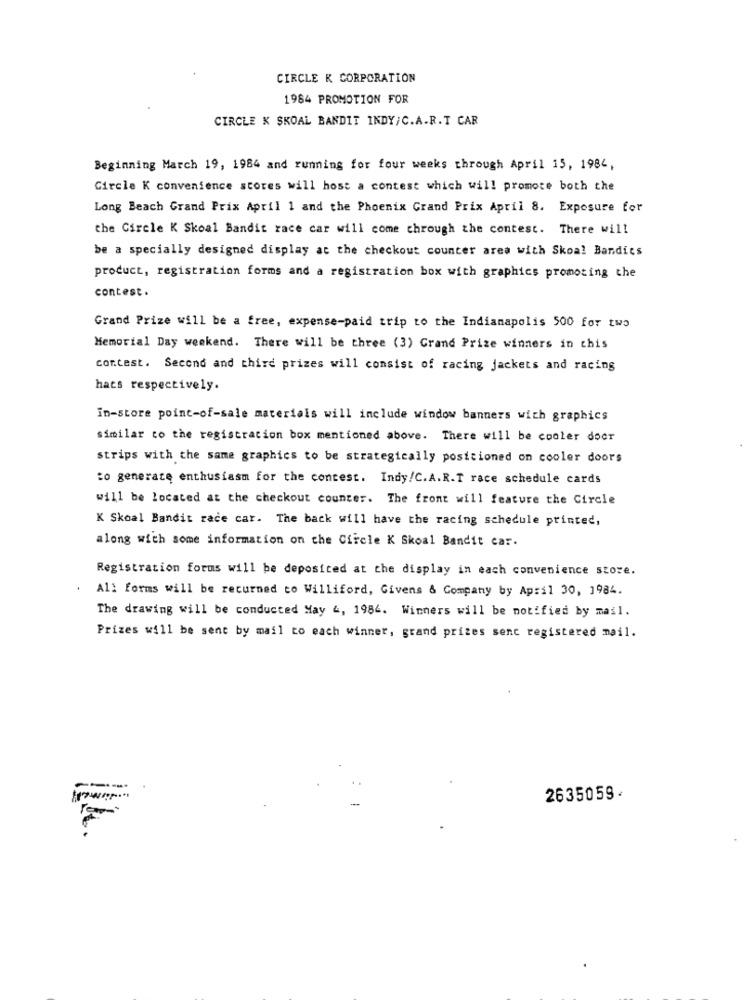
CIRCLE K CORPORATION
1984 PROMOTION FOR
CIRCLE K SKOAL BANDIT INDY/C.A.R.T CAR
Beginning March 19, 1984 and running for four weeks through April 15, 1984,
Circle K convenience stores will host a contest which will promote both the
Long Beach Grand Prix April 1 and the Phoenix Grand Prix April 8. Exposure for
the Circle K Skoal Bandit race car will come through the contest. There will
be a specially designed display at the checkout counter area with Skoal Bandics
product, registration forms and a registration box with graphics promoting the
contest.
Grand Prize will be a free, expense-paid trip to the Indianapolis 500 for two
Memorial Day weekend. There will be three (3) Grand Prize winners in this
contest. Second and third prizes will consist of racing jackets and racing
hats respectively.
In-store point-of-sale materials will include window banners with graphics
similar to the registration box mentioned above. There will be cooler door
strips with the same graphics to be strategically positioned on cooler doors
to generate enthusiasm for the contest. Indy/C.A.R.T race schedule cards
will be located at the checkout counter. The front will feature the Circle
K Skoal Bandit race car. The back will have the racing schedule printed,
along with some information on the Circle K Skoal Bandit car.
Registration forms will be deposited at the display in each convenience store.
All forms will be returned to Williford, Givens & Company by April 30, 1984.
The drawing will be conducted May 4, 1984. Winners will be notified by mail.
Prizes will be sent by mail to each winner, grand prizes senc registered mail.
2635059.